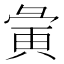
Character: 𫹆